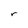
Character: r